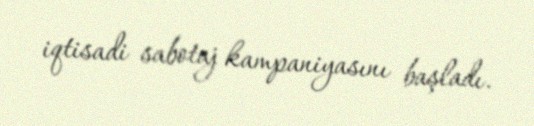
iqtisadi sabotaj kampaniyasını başladı.